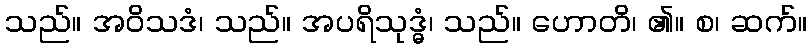
သည်။ အဝိသဒံ၊ သည်။ အပရိသုဒ္ဓံ၊ သည်။ ဟောတိ၊ ၏။ စ၊ ဆက်။